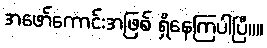
အဖော်ကောင်းအဖြစ် ရှိနေကြပါပြီ။။